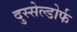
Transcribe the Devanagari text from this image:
दुस्सेल्डोर्फ